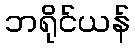
ဘရိုင်ယန်